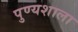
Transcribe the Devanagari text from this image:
पुण्यशाला